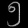
Digit: ၅